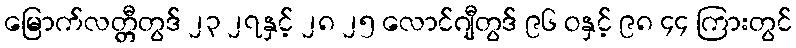
မြောက်လတ္တီတွဒ် ၂၃ ၂၇နှင့် ၂၈ ၂၅ လောင်ဂျီတွဒ် ၉၆ ဝနှင့် ၉၈ ၄၄ ကြားတွင်